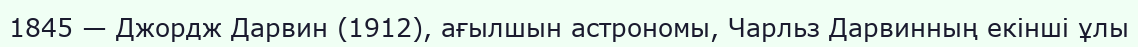
1845 — Джордж Дарвин (1912), ағылшын астрономы, Чарльз Дарвинның екінші ұлы